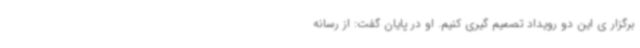
برگزار ی این دو رویداد تصمیم گیری کنیم. او در پایان گفت: از رسانه